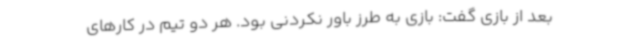
بعد از بازی گفت: بازی به طرز باور نکردنی بود. هر دو تیم در کارهای